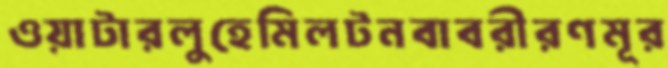
ওয়াটারলুহেমিলটনবাবরীরণমূর